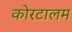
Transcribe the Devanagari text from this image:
कोरटालम